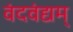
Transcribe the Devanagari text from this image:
वंदवंद्यम्